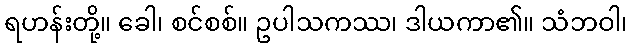
ရဟန်းတို့။ ခေါ၊ စင်စစ်။ ဥပါသကဿ၊ ဒါယကာ၏။ သံဘဝါ၊